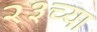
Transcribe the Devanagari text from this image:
२३च्या